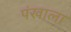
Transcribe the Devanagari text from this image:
पंखाला